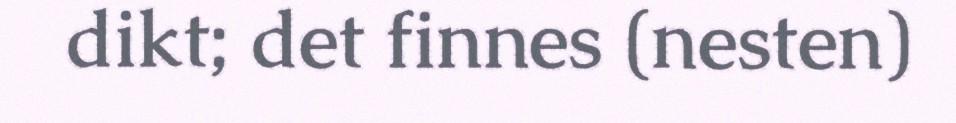
dikt; det finnes (nesten)